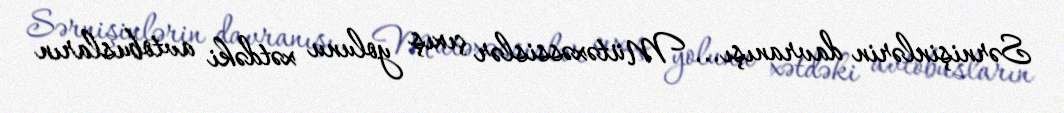
Sərnişinlərin davranışı... Mütəxəssislər çıxış yolunu xətdəki avtobusların